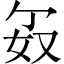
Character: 𪥯